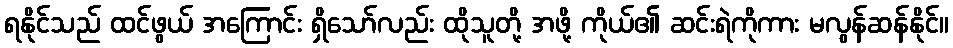
ရနိုင်သည် ထင်ဖွယ် အကြောင်း ရှိသော်လည်း ထိုသူတို့ အဖို့ ကိုယ်၏ ဆင်းရဲကိုကား မလွန်ဆန်နိုင်။